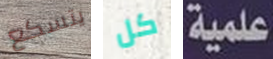
يتسكع كل علمية